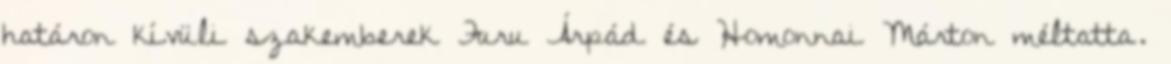
határon kívüli szakemberek Furu Árpád és Homonnai Márton méltatta.